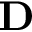
{ \bf D }